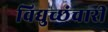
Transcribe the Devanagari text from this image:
विद्युच्छंचारी